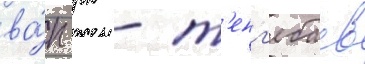
ва́п рк - т'енг'ебаев